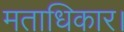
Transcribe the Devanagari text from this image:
मताधिकार।